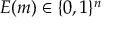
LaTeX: E ( m ) \in \{ 0 , 1 \} ^ { n }